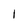
Character: 1